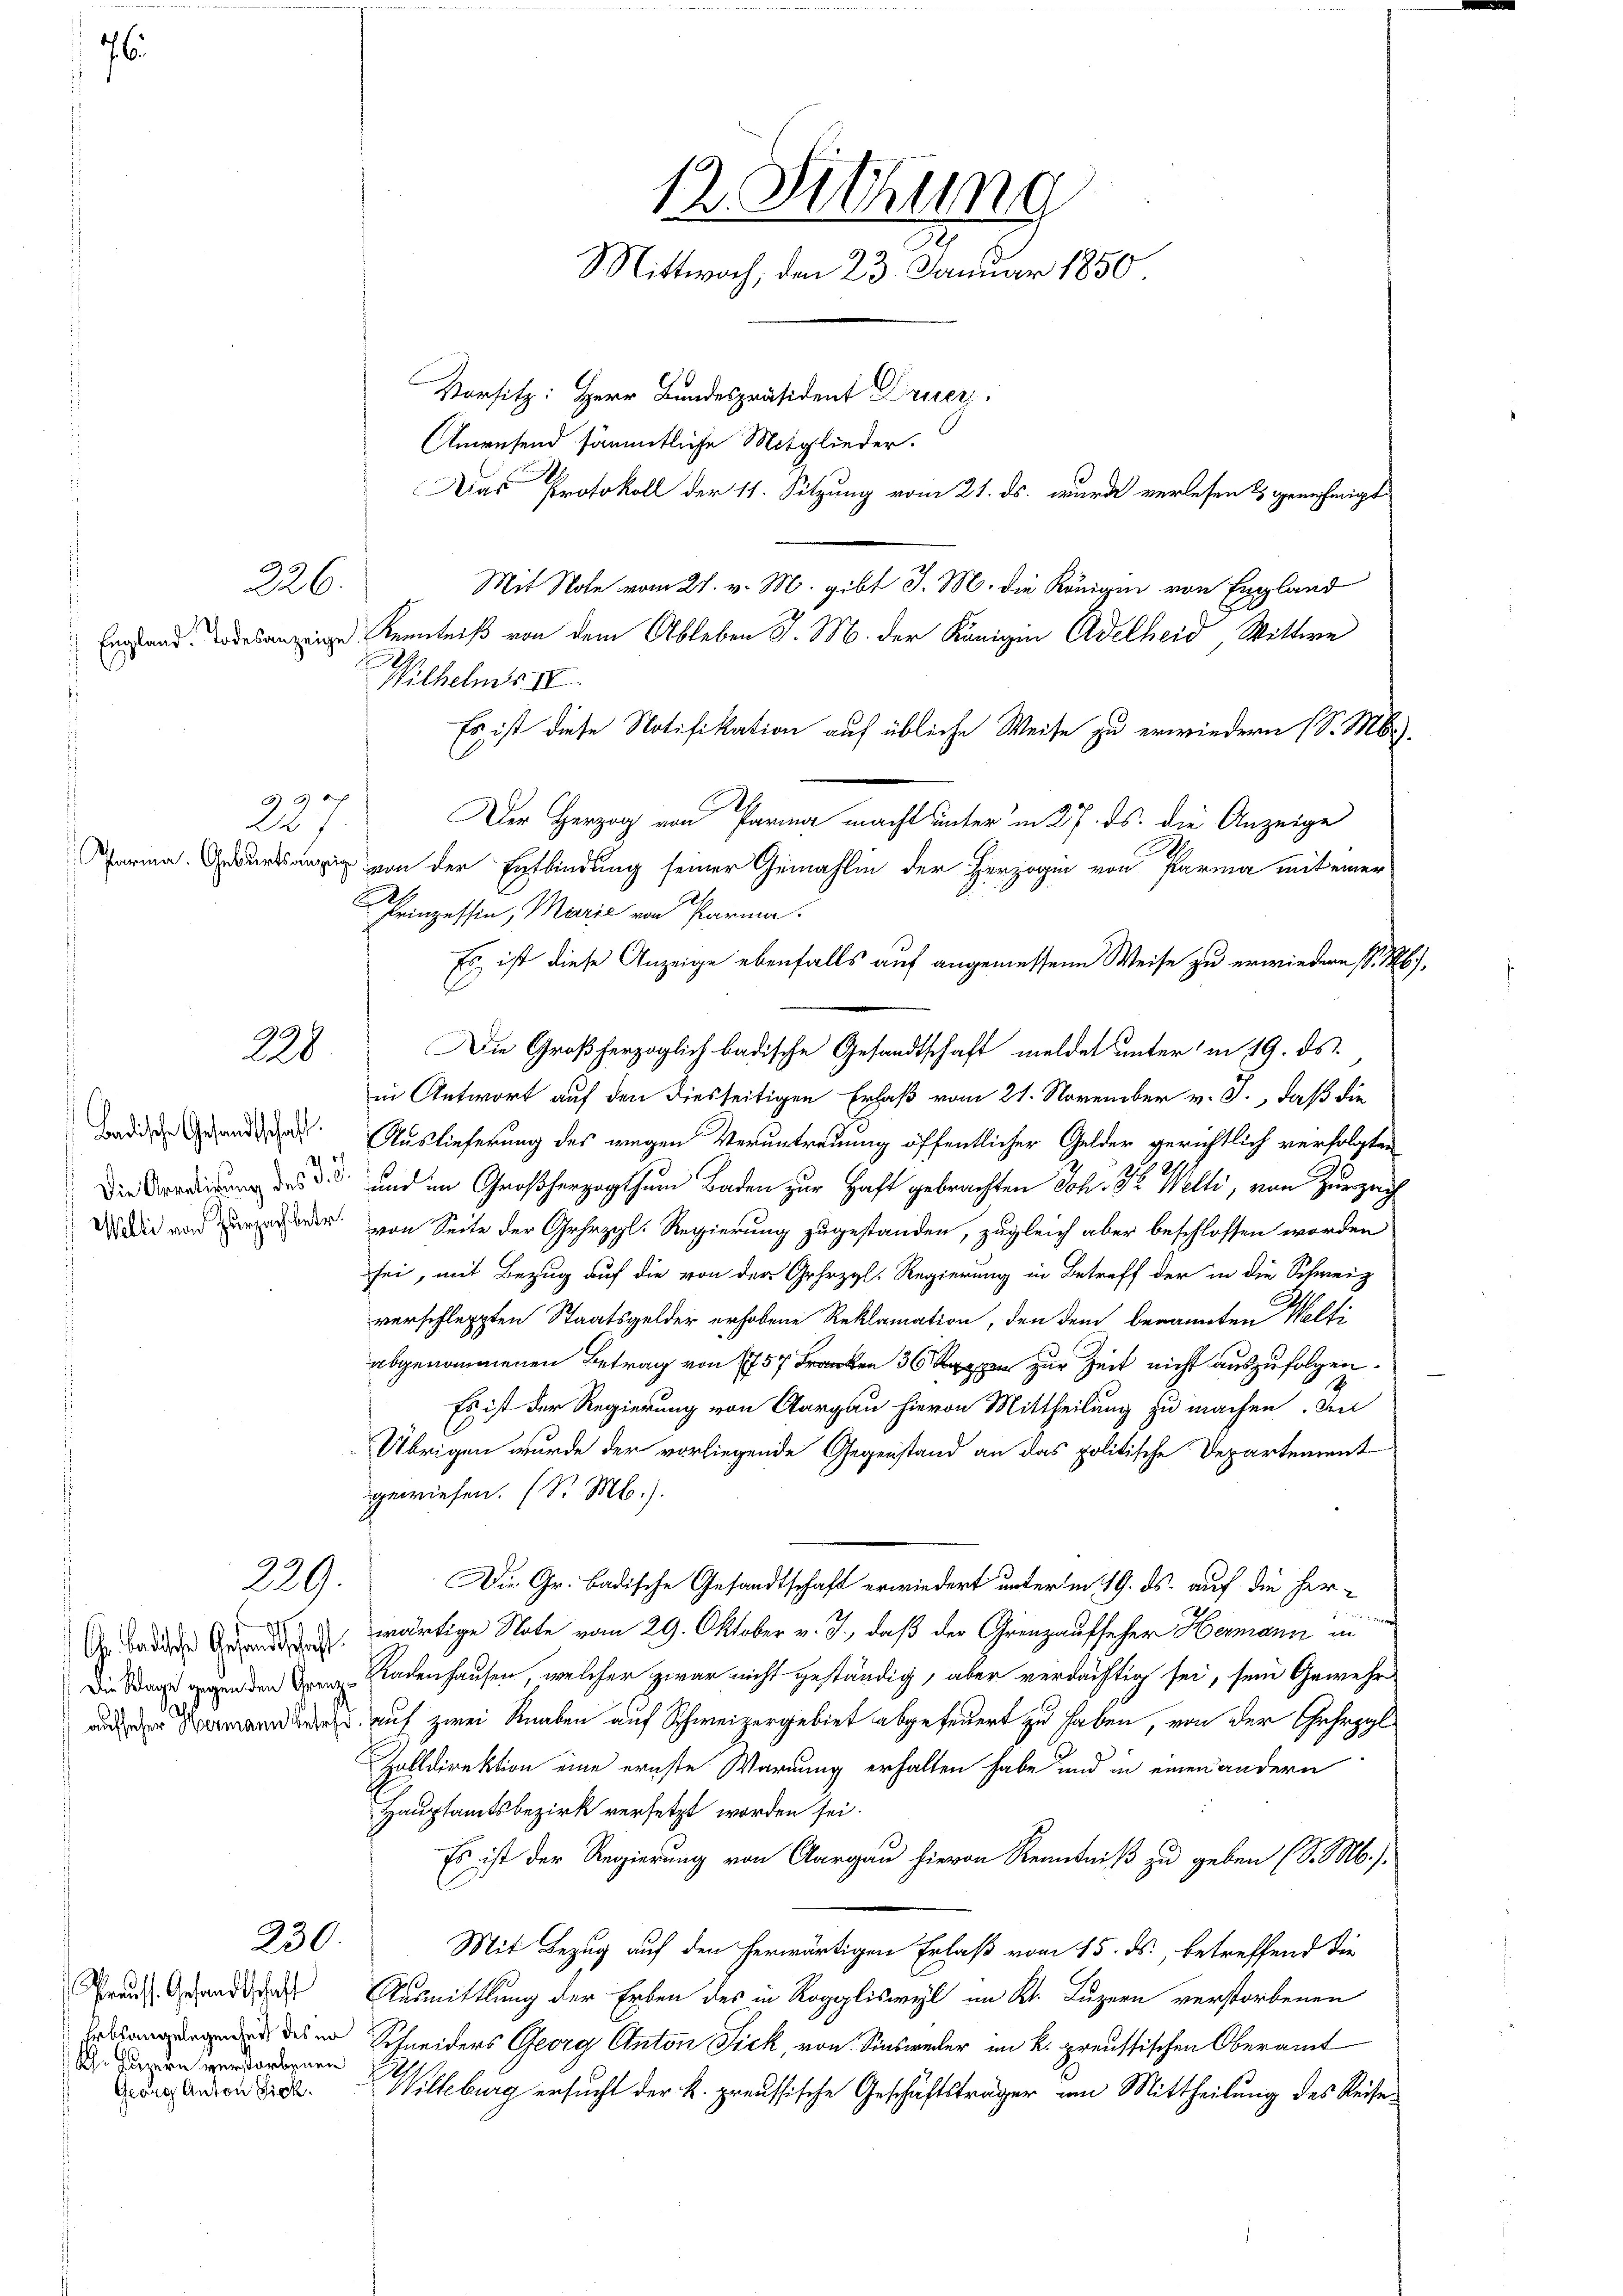
76

228

226.

England. Todesanzeige

237
Parma. Geburtsanzüge
E

Badische Gesandtschaft.
 Die Arretirung des J. J.
 Welti von Zurzach betr.

229.

h
Gr. Badische Gesandtschaft
Die Klage gegen den Grenze
aufseher Hermann betref

230

Preuss. Gesandtschaft
Erbsangelegenheit des er
Kh. Luzern verstorbenen
Georg Anton Sick.

12. Sichung
Mittwoch, den 23. Januar 1850

Vorsitz: Herr Bundespräsident Druer.
Anensend sämmtliche Mitglieder.
Das Protokoll der 11. Sitzung vom 21. ds. wurde verlesen & genehmigt
Mit Note vom 21. v. M. gibt J. M. die Königen von England
Kenntniß von dem Ableben J. M. der Königin Adelheid, Wittwe
Wilhelms III
Es ist diese Notifikation auf übliche Weise zu erwiedern (S. M.
Der Herzog von Parma macht unter in 27. ds. die Anzeige
von der Entbindung seiner Gemahlin der Herzogin von Parma mit einer
t
Prinzessin, Marie von Parma
Es ist diese Anzeige ebenfalls auf angemessene Weise zu erwiedern (S. M
Die Großherzoglich badische Gesandtschaft meldet unter in 19. ds.
in Antwort auf den diesseitigen Erlaß vom 21. November v. 3., daß die
Auslieferung des wegen Veruntreuung öffentlicher Gelder gerichtlich verfolgten
und im Großherzogthum Baden zur Haft gebrachten Joh. Dr. Welti, von Zurzac
von Seite der Gehezgl. Regierung zugestanden, zugleich aber beschlossen worden
sei, mit Bezug auf die von der Gehezgl. Regierung in Betreff der in die Schweiz
verschleppten Staatsgelder erhobene Reklamation, den dem benannten Welti
abgenommenen Betrag von 1757 Fr. 36 Rp. zur Zeit nicht auszufolgen.
Es ist der Regierung von Aargau hievon Mittheilung zu machen. Den
Übrigen wurde der vorliegende Gegenstand an das politische Departement
gewiesen. (S. M.).
Die Gr. Badische Gesandtschaft erwiedert unter in 19. ds. auf die herd
wärtige Note vom 29. Oktober v. J., daß der Grenzaufseher Hermann in
Radenhausen, welcher zwar nicht geständig, aber verdächtig sei, sein Gewehr
auf zwei Knaben auf Schweizergebiet abgefeuert zu haben, von der Gefreyl
Zolldirektion eine ernste Warnung erhalten habe und in einen andern
Hauptamtsbezirk versetzt worden sei.
Es ist der Regierung von Aargau hievon Kenntniß zu geben (S. M.).
Mit Bezug auf den herwärtigen Erlaß vom 15. ds. betreffend die
Ausmittlung der Erben des in Roggliswyl im Kt. Luzern verstorbenen
Schneiders Georg Anton Fick, von Sintweder im k. preussischen Oberamt
Willeburg ersucht der k. preussische Geschäftsträger von Mittheilung des Reise¬